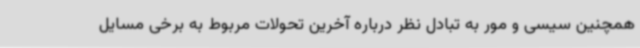
همچنین سیسی و مور به تبادل نظر درباره آخرین تحولات مربوط به برخی مسایل